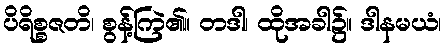
ပိရိစ္စဇတိ၊ စွန့်ကြဲ၏။ တဒါ၊ ထိုအခါ၌။ ဒါနမယံ၊